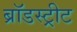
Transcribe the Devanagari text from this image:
ब्रॉडस्ट्रीट